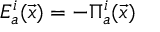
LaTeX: E _ { a } ^ { i } ( \vec { x } ) = - \Pi _ { a } ^ { i } ( \vec { x } )